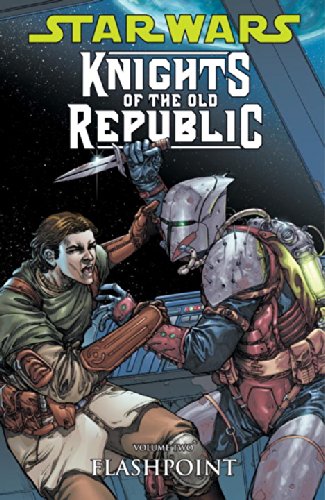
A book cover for Star Wars: Knights of the Old Republic Volume 2 - Flashpoint (v. 2); John Jackson Miller; Teen & Young Adult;